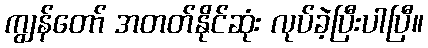
ကျွန်တော် အတတ်နိုင်ဆုံး လုပ်ခဲ့ပြီးပါပြီ။